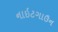
નાઇટગાઉન